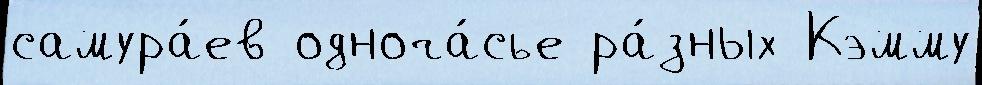
самура́ев одноча́сье ра́зных Кэмму